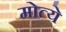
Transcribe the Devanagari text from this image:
मोत्ये